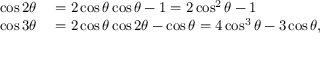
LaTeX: \begin{array} { r l } { \cos 2 \theta } & { { } = 2 \cos \theta \cos \theta - 1 = 2 \cos ^ { 2 } \theta - 1 } \\ { \cos 3 \theta } & { { } = 2 \cos \theta \cos 2 \theta - \cos \theta = 4 \cos ^ { 3 } \theta - 3 \cos \theta , } \end{array}